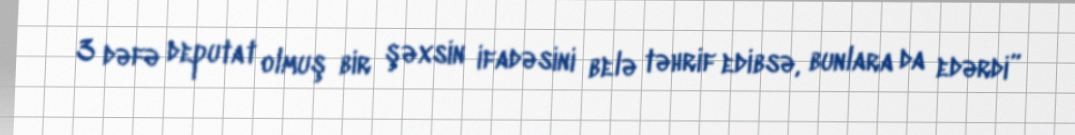
3 dəfə deputat olmuş bir şəxsin ifadəsini belə təhrif edibsə, bunlara da edərdi”